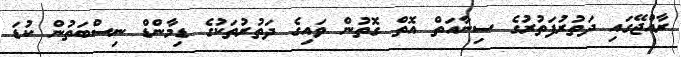
ރާއްޖޭގައި ދަތުރުފަތުރުގެ ސިނާއަތް އޮތް ގޮތުން ވައިގެ ދަތުރުތަކުގެ ޑިމާންޑް ނިސްބަތުން ކުޑަ